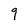
Character: 9